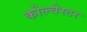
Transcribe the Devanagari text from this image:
कोल्चेस्टर